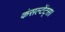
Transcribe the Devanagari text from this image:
कंसल्टेंट्स।